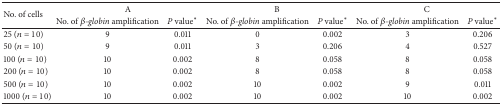
| <ROWSPAN=2> No. of cells | <COLSPAN=2> A | <COLSPAN=2> B | <COLSPAN=2> C |
 | No. of β-globin amplification | P value* | No. of β-globin amplification | P value* | No. of β-globin amplification | P value* |
 | --- | --- | --- | --- | --- | --- | --- |
 | 25 (n = 10) | 9 | 0.011 | 0 | 0.002 | 3 | 0.206 |
 | 50 (n = 10) | 9 | 0.011 | 3 | 0.206 | 4 | 0.527 |
 | 100 (n = 10) | 10 | 0.002 | 8 | 0.058 | 8 | 0.058 |
 | 200 (n = 10) | 10 | 0.002 | 8 | 0.058 | 8 | 0.058 |
 | 500 (n = 10) | 10 | 0.002 | 10 | 0.002 | 9 | 0.011 |
 | 1000 (n = 10) | 10 | 0.002 | 10 | 0.002 | 10 | 0.002 |